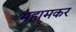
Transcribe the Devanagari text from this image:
महामकर